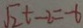
\sqrt { 2 } t - 2 = - 6